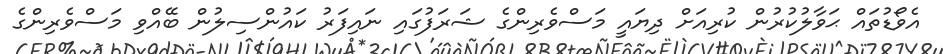
އެވޯޑުތައް ޙަވާލުކުރުން ކުރިއަށް ދިޔައީ މަސްވެރިންގެ ޝަރަފުގައި ނައިފަރު ކައުންސިލުން ބޭއްވި މަސްވެރިންގެ